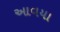
આવયા